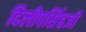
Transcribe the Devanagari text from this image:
दिलीपसिंहजी